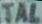
TAL